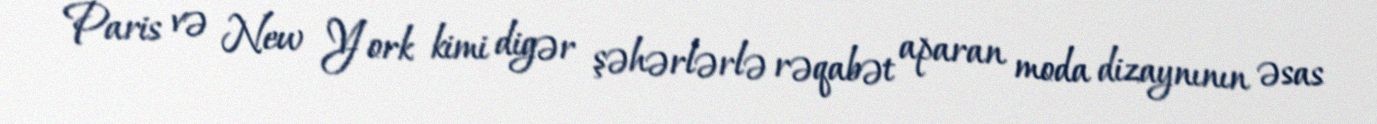
Paris və New York kimi digər şəhərlərlə rəqabət aparan moda dizaynının əsas